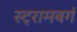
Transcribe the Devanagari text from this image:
स्ट्रामबर्ग